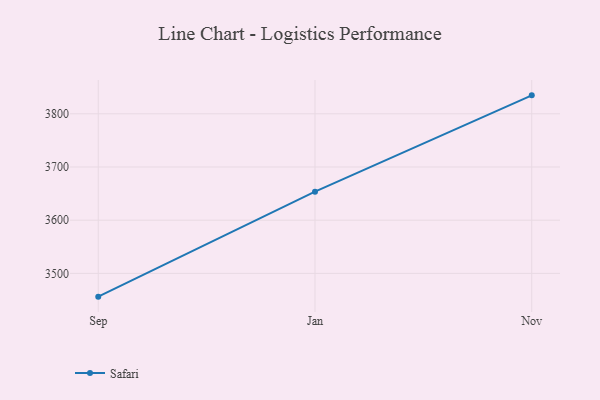
{"axis": {"x": "Month", "y": "Operating Costs (USD K)"}, "legend": ["Safari"], "data": [{"x": "Sep", "y": 3456.3, "type": "Safari"}, {"x": "Jan", "y": 3653.6, "type": "Safari"}, {"x": "Nov", "y": 3834.7, "type": "Safari"}]}